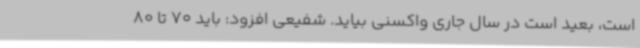
است، بعید است در سال جاری واکسنی بیاید. شفیعی افزود: باید 70 تا 80